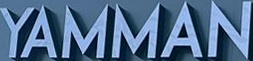
YAMMAN